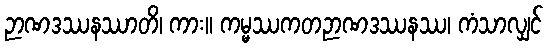
ဉာဏဒဿနဿာတိ၊ ကား။ ကမ္မဿကတဉာဏဒဿနဿ၊ ကံသာလျှင်